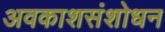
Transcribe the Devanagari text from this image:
अवकाशसंशोधन